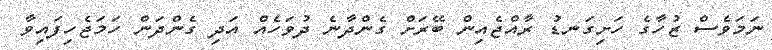
ނަމަވެސް ޒުހާގެ ހަށިގަނޑު ރާއްޖެއިން ބޭރަށް ގެންދާނެ ދުވަހެއް އަދި ގެންދަން ހަމަޖެހިފައިވާ